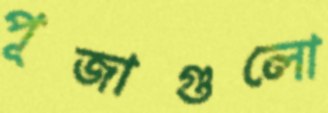
পূজাগুলো